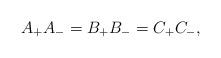
LaTeX: \begin{align*}A_{+}A_{-}=B_{+}B_{-}=C_{+}C_{-},\end{align*}